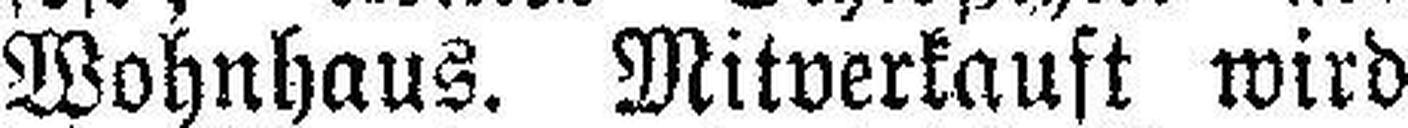
Wohnhaus. Mitverkauft wird